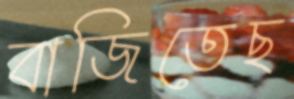
বাজিতেছ